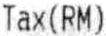
TAX(RM)